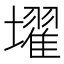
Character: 𡒔